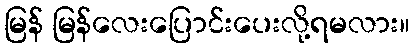
မြန် မြန်လေးပြောင်းပေးလို့ရမလား။